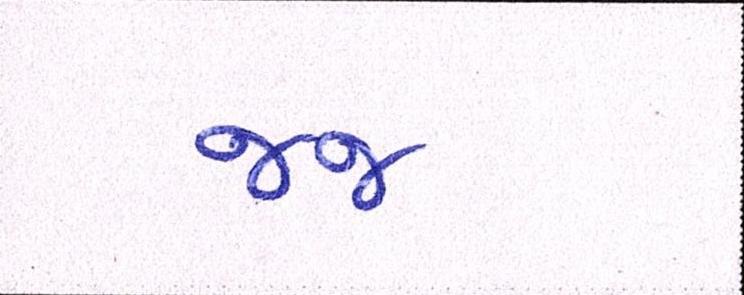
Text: જજ